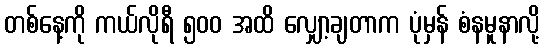
တစ်နေ့ကို ကယ်လိုရီ ၅၀၀ အထိ လျှော့ချတာက ပုံမှန် စံနမူနာလို့